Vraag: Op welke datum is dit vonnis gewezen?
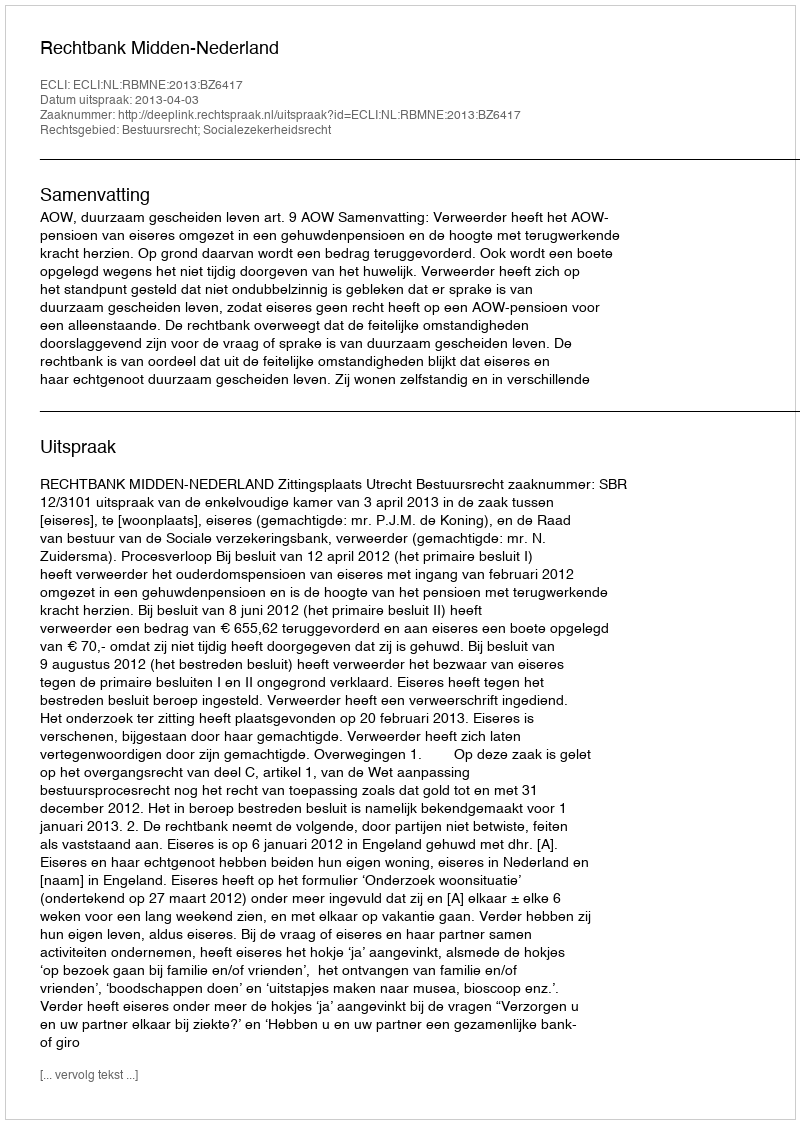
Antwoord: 2013-04-03